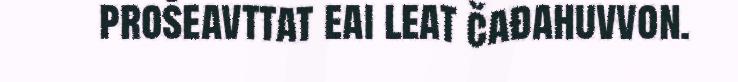
prošeavttat eai leat čađahuvvon.